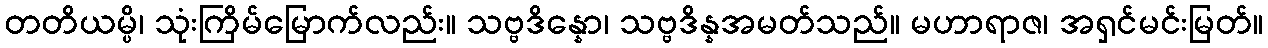
တတိယမ္ပိ၊ သုံးကြိမ်မြောက်လည်း။ သဗ္ဗဒိန္နော၊ သဗ္ဗဒိန္နအမတ်သည်။ မဟာရာဇ၊ အရှင်မင်းမြတ်။